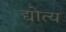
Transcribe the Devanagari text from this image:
द्योत्य